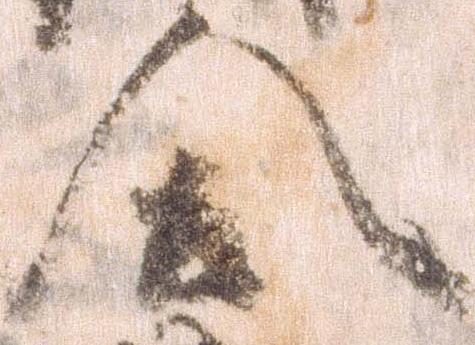
合